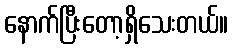
နောက်ပြီးတော့ရှိသေးတယ်။